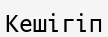
Кешігіп